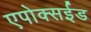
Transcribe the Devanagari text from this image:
एपोक्सईड